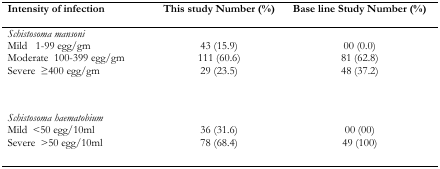
<table><thead><tr><td><b>Intensity of infection</b></td><td><b>This study Number (%)</b></td><td><b>Base line Study Number (%)</b></td></tr></thead><tbody><tr><td colspan="3"><i>Schistosoma mansoni</i></td></tr><tr><td>Mild 1-99 egg/gm</td><td>43 (15.9)</td><td>00 (0.0)</td></tr><tr><td>Moderate 100-399 egg/gm</td><td>111 (60.6)</td><td>81 (62.8)</td></tr><tr><td>Severe ≥400 egg/gm</td><td>29 (23.5)</td><td>48 (37.2)</td></tr><tr><td colspan="3"><i>Schistosoma haematobium</i></td></tr><tr><td>Mild &lt;50 egg/10ml</td><td>36 (31.6)</td><td>00 (00)</td></tr><tr><td>Severe &gt;50 egg/10ml</td><td>78 (68.4)</td><td>49 (100)</td></tr></tbody></table>